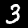
Label: 3